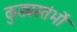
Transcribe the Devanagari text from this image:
कुड्यस्तंभों